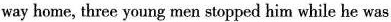
way home, three young men stopped him while he was